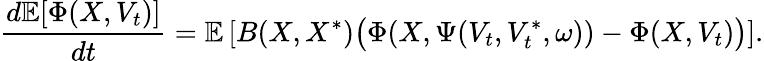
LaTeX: \frac{d\mathbb{E}[\Phi(X,V_{t})]}{dt}=\mathbb{E}\left[B(X,X^{\ast})\bigl(\Phi(X,\Psi(V_{t},V_{t}^{\ast},\omega))-\Phi(X,V_{t})\bigr)\right].